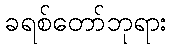
ခရစ်တော်ဘုရား